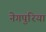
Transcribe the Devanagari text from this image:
नेगपुरिया